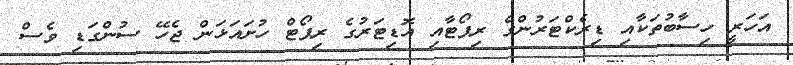
އަހަރީ ހިސާބުތަކާއި ޑިރެކްޓަރުންގެ ރިޕޯޓާއި އޮޑިޓަރުގެ ރިޕޯޓް ހުށައަޅަން ޖެހޭ ސުންގަޑި ވެސް